Vital statistics of India. Vol. VI, European troops 1870-79
Year: 1870
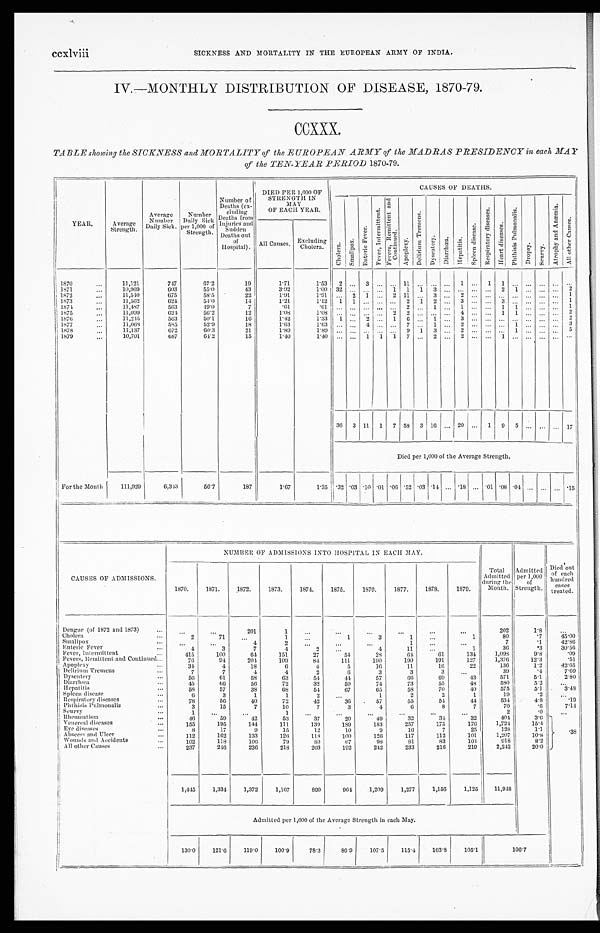
ccxlviii
SICKNESS AND MORTALITY IN THE EUROPEAN ARMY OF INDIA.
IV.—MONTHLY DISTRIBUTION OF DISEASE, 1870-79.
CCXXX.
TABLE showing the SICKNESS and MORTALITY of the EUROPEAN ARMY of the MADRAS PRESIDENCY in each MAY
of the TEN- YEAR PERIOD 1870-79.
Y E A R .
Average
Strength.
Average
Number
Daily Sick.
Number
Daily Sick
per 1,000 of
S t r e n g t h .
Number of
Deaths (ex-
c l u d i n g D e a t h s f r o m I n j u r i e s a n d
S u d d e n
Deaths out o f
Hospital).
DIED PER 1,000 OF
STRENGTH. IN
M A Y
OF EACH YEAR.
CAUSES
O F
DEATHS
C h o l e r a .
S m a l l p o x .
E n t e r i c F e v e r .
F e v e r , I n t e r m i t t e n t . F e v e r s , R e m i t t e n t a n d C o n t i n u e d .
A p o p l e x y .
D e l i r i u m T r e m e n s .
D y s e n t e r y .
D i a r r h œ a
H e p a t i t i s .
S p l e e n d i s e a s e s .
R e s p r i a t o r y d i s e a s e s .
H e a r t d i s e a s e s .
P h t h i s i s P u l m o n a l i s .
D r o p s y .
S c u r v y .
A t r o p h y a n d A n æ m i a .
A l l o t h e r C a u s e s .
All Causes. Excluding
Cholera.
1 8 7 0
...
11,121
747
6 7 . 2
19
1 . 7 1
1.53
2 ... 3 ... ... 11 ... ... ... 1
. . .
1 1
. . .
. . .
. . .
...
1871
...
1 0 , 9 6 9
603
5 5 . 0
43
3.92
1.00 32
. . . . . . ... 1 1 1 3 .... ...
. . . ... 2 1
. . . ...
. . 2
1872
...
11,540
675
5 8 . 5
22
1.91
1.91 ... 2 1 ...
2
1 1
. . . 3
. . .
2
. . .
. . .
. . .
. . .
. . .
. . .
. . . 1
1873
...
11,562
624
54.0
14
1.21
1.21
1 1 ... ...
. . . 2 1
2 . . .
3 ...
. . . 3
. . .
. . .
. . . .
. . 1
1 8 7 4
...
11,487
563
49.0
7
. 6 1
. 6 1
...
. . .
. . .
. . .
2
. . . 1
. . .
1
. . .
. . .
1
1
. . .
. . .
. . . 1
1875
...
11,099
6 2 4
5 6 . 2
12
1 . 0 8
1 . 0 8 ... ... ... ... 2 2 .... ...
. . .
4
. . .
. . .
1
1
. . .
. . .
. . .
2
1876
...
11,215
563
5 0 . 1
16
1 . 4 2
1 . 3 3 1
. . .
2 ...
. . 1 .
6
1
. . .
3
. . .
. . .
. . .
. . .
. . .
. . .
. . . 2
1877
...
1 1 , 0 6 8
585
52.9
18
1.63
1 . 6 3
. . . ...
4 ...
. . .
7
. . . 1
. . .
2
. . .
. . .
. . .
1
. . .
. . .
. . . 3
1878
...
11,137
672
60.3
21
1.89
1 . 8 9 ... ... .... ...
. . . 9 1 3
. . . 2 ... .. ... 1
. . . ... ... 5
1 8 7 9
...
10,701
687
6 4 . 2
15
1.40
1 . 4 0 ...
...
1 1
1
7
. . . 2
. . .
2
. . .
. . .
1
. . .
. . .
. . .
. . .
...
36 3 11 1 7
5 8 3 16 ... 20 ... 1 9 5 ...
. . . ... 17
Died per 1,000 of the Average Strength.
For the Month
111,929
6 , 3 4 3
56.7
1 8 7
1 . 6 7
1 . 3 5
.32
. 0 3
. 1 0 .01
. 0 6 .52
. 0 3 .14
. . .
. 1 8
. . .
. 0 1
. 0 8
. 0 4 ... ... ... .15
CAUSES OF ADMISSIONS.
NUMBER OF ADMISSIONS INTO HOSPITAL IN EACH MAY.
D i e t o u t
of each h u n d r e d
cases
treated.
1870.
1871.
1872.
1873.
1874.
1875.
1876.
1877.
1878,
1879.
Total A d m i t t e d
during the
Month.
Admitted
per 1,000
of
Strength.
Dengue (of 1872 and 1873)
. . . .
. . .
...
201
1
...
...
. . .
...
...
...
202
1.8
...
Cholera
. .
2
71
. . .
1
. . .
1
3
1
. . .
1
80
.7
4 5 . 0 0
Smallpox
..
. . .
. . .
4
2
...
...
. . .
1
. . .
. . .
7
. 1
42.86
Enteric Fever
. .
4
3
7
4
2
. . .
4
11
. . .
1
3 6
.3
30.56
Fever, Intermittent
. . .
415
100
6 4
151
27
54
28
64
6 1
134
1,098
9.8
. 0 9
Fevers, Remittent and Continued
76
94
204
109
8 4
111
1 9 0
190
191
127
1,376
12.3
. 5 1
Apoplexy
. . .
34
4
18
6
4
5
1 6
11
16
2 2
136
1 . 2
42.65
Delirium Tremens
. . .
7
7
4
4
2
6
3
3
3
. . .
3 9
. 4
7.69
Dysentery
...
56
61
58
63
5 4
44
57
6 6
6 9
.43
571
5 . 1
2.80
Diarrhœa
...
4 5
6 6
56
72
32
5 9
74
73
55
48
580
5 . 2
...
Hepatitis
. . .
58
57
38
6 8
5 4
67
6 5
58
70
4 0
5 7 5
5.1
3.48
Spleen disease
. .
6
3
1
1
2
. . .
1
2
2
1
19
.2
. . .
Respiratory diseases
. .
78
56
40
72
42
36
57
55
54
4 4
534
4.8
.19
Phthisis Pulmonalis
. . .
3
15
7
10
7
3
4
6
8
7
70
.6
7 . 1 4
Seurvy
. . .
1
. . .
. . .
1
...
...
. . .
...
. . .
. . .
2
. 0
. . .
Rheumatism
4 6
59
4 2
53
37
2 0
49
3 2
3 4
32
404
3.6
Venereal diseases
155
195
144
111
139
189
183
257
175
176
1 , 7 2 4
1 5 . 4
Eve diseases
. . .
8
17
9
15
12
1 0
9
16
7
25
128
11
Abseess and Uleer
. . .
112
162
133
126
118
100
126
117
112
101
1,207
1 0 . 8
. 3 8
Wounds and. Accidents
102
118
106
79
8 0
67
9 8
81
83
1 0 4
918
8 . 2
All other Causes
. .
237
246
236
218
203
192
242
233
216
219
2,242
20.0
1,445
1,334
1,372
1,167
899
964
1,209
1,277
1,156
1,125
11,948
Admitted per 1,000 of the Average Strength in each May.
.
130.0
1 2 1 . 6
119.0
100.9
78.3
8 6 . 9
107.5
115.4
103.8
105.1
106.7